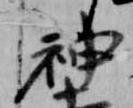
神